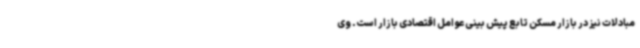
مبادلات نیز در بازار مسکن تابع پیش بینی عوامل اقتصادی بازار است. وی